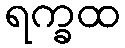
ရက္ခထ